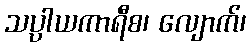
သပ္ပါယကာရီစ၊ လျောက်၊